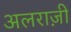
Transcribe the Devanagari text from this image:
अलराज़ी